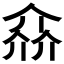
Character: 𠌕